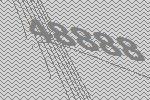
48888